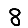
Digit: 8